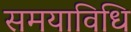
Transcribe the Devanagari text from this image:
समयाविधि